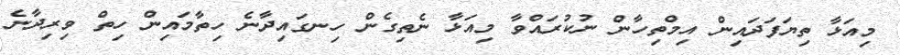
މިއަޅާ ތިޔަފަދައިން އިމްތިހާން ނުކުރައްވާ މިއަޅާ ނެތިގެން ހިނގައިދާނެ ހިތާމައިން ހިތް ވިރިދާނެ